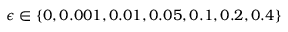
\epsilon \in \{ 0 , 0 . 0 0 1 , 0 . 0 1 , 0 . 0 5 , 0 . 1 , 0 . 2 , 0 . 4 \}